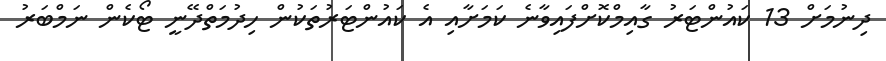
ދިނުމަށް 13 ކައުންޓަރު ގާއިމްކޮށްފައިވާނެ ކަމަށާއި އެ ކައުންޓަރުތަކުން ހިދުމަތްދޭނީ ޓޯކެން ނަމްބަރު